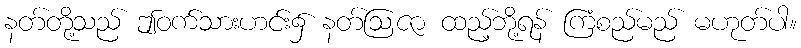
နတ်တို့သည် ဤဝက်သားဟင်း၌ နတ်ဩဇာ ထည့်ဘို့ရန် ကြံစည်မည် မဟုတ်ပါ။